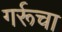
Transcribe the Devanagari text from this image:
गर्रूचा